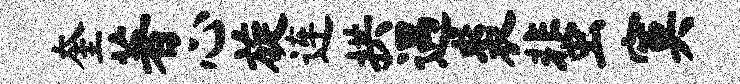
奎著心旋连拱遇裘蜚寞